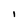
Character: I